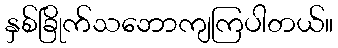
နှစ်ခြိုက်သဘောကျကြပါတယ်။